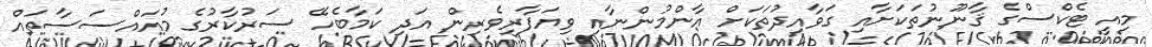
މިއީ ޓެކްސްގެ ޤާނޫނުތަކަށާއި ގަވާއިދުތަކަށް އާންމުންނާއި ވިޔަފާރިވެރިން އަދި ކަމާބެހޭ ސަރުކާރުގެ މުއައްސަސާތައް